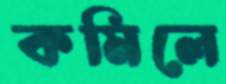
কমিলে